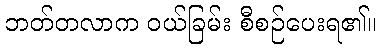
ဘတ်တလာက ဝယ်ခြမ်း စီစဉ်ပေးရ၏။